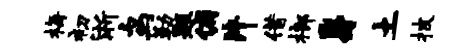
梅初淅鸟勒题俯片借榔身土披